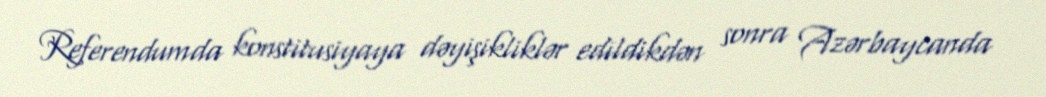
Referendumda konstitusiyaya dəyişikliklər edildikdən sonra Azərbaycanda